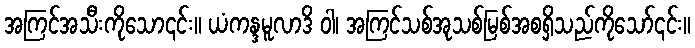
အကြင်အသီးကိုသော၎င်း။ ယံကန္ဒမူလာဒိ ဝါ၊ အကြင်သစ်အုသစ်မြစ်အစရှိသည်ကိုသော်၎င်း။